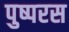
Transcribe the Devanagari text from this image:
पुष्परस